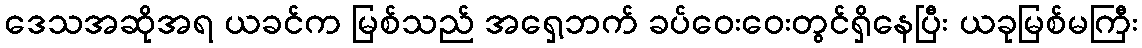
ဒေသအဆိုအရ ယခင်က မြစ်သည် အရှေ့ဘက် ခပ်ဝေးဝေးတွင်ရှိနေပြီး ယခုမြစ်မကြီး